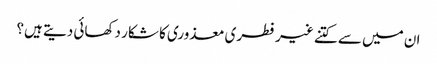
ان میں سے کتنے غیر فطری معذوری کا شکار دکھائی دیتے ہیں؟